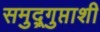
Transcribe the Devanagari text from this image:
समुद्र्गुप्ताशी